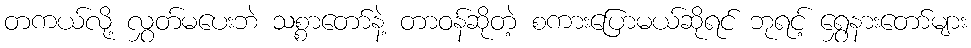
တကယ်လို့ လွှတ်မပေးဘဲ သစ္စာတော်နဲ့ တာဝန်ဆိုတဲ့ စကားပြောမယ်ဆိုရင် ဘုရင့် ရွှေနားတော်များ